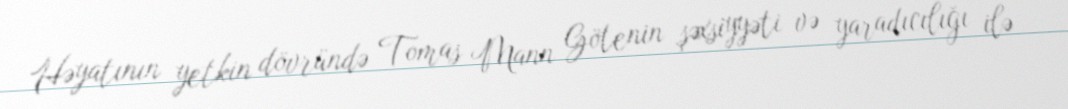
Həyatının yetkin dövründə Tomas Mann Götenin şəxsiyyəti və yaradıcılığı ilə